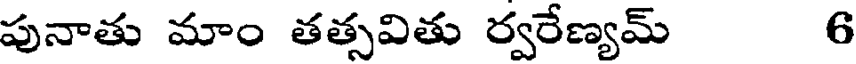
పునాతు మాం తత్సవితు ర్వరేణ్యమ్ 6